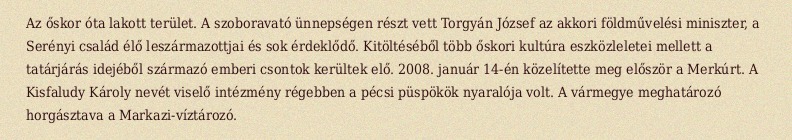
Az őskor óta lakott terület. A szoboravató ünnepségen részt vett Torgyán József az akkori földművelési miniszter, a Serényi család élő leszármazottjai és sok érdeklődő. Kitöltéséből több őskori kultúra eszközleletei mellett a tatárjárás idejéből származó emberi csontok kerültek elő. 2008. január 14-én közelítette meg először a Merkúrt. A Kisfaludy Károly nevét viselő intézmény régebben a pécsi püspökök nyaralója volt. A vármegye meghatározó horgásztava a Markazi-víztározó.